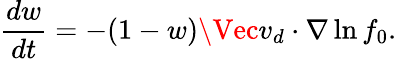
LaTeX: \frac{dw}{dt}=-(1-w)\Vec{v}_{d}\cdot\nabla\ln{f_{0}}.